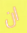
ان